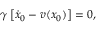
\begin{array} { r } { \gamma \left[ \dot { x } _ { 0 } - v ( x _ { 0 } ) \right] = 0 , } \end{array}